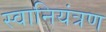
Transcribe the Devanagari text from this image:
स्वानियंत्रण